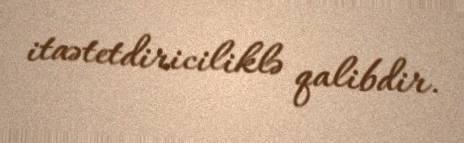
itaətetdiriciliklə qalibdir.